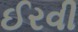
ઈરવી